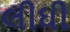
લીધી